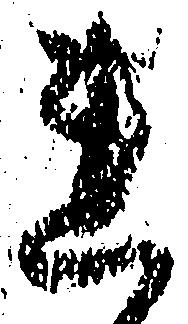
連